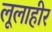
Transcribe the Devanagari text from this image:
लूलाहीर